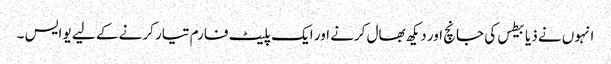
انہوں نے ذیابیطس کی جانچ اور دیکھ بھال کرنے اور ایک پلیٹ فارم تیار کرنے کے لیے یو ایس ۔